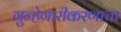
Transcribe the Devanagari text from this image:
गुन्हेगारीकरणाचा